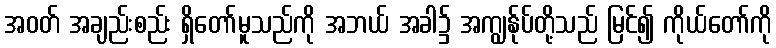
အဝတ် အချည်းစည်း ရှိတော်မူသည်ကို အဘယ် အခါ၌ အကျွန်ုပ်တို့သည် မြင်၍ ကိုယ်တော်ကို